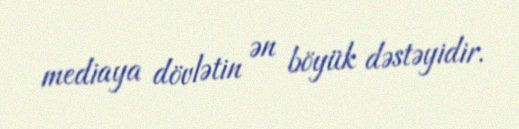
mediaya dövlətin ən böyük dəstəyidir.